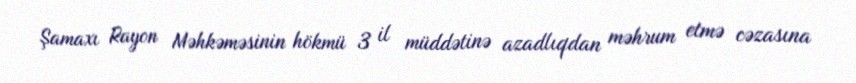
Şamaxı Rayon Məhkəməsinin hökmü 3 il müddətinə azadlıqdan məhrum etmə cəzasına